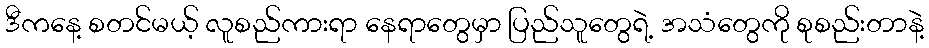
ဒီကနေ့ စတင်မယ့် လူစည်ကားရာ နေရာတွေမှာ ပြည်သူတွေရဲ့ အသံတွေကို စုစည်းတာနဲ့